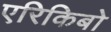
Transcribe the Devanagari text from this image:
एरिकिबो